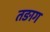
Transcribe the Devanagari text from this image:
तङाग